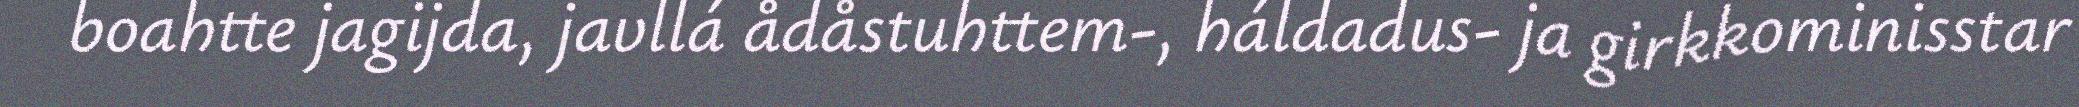
boahtte jagijda, javllá ådåstuhttem-, háldadus- ja girkkominisstar